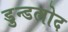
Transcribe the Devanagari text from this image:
डुन्डलोद